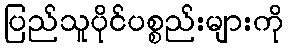
ပြည်သူပိုင်ပစ္စည်းများကို